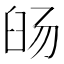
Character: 𬛹